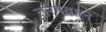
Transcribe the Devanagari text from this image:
तरंगवाले